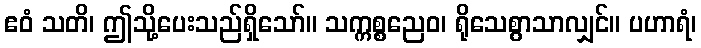
ဧဝံ သတိ၊ ဤသို့ပေးသည်ရှိသော်။ သက္ကစ္စညေဝ၊ ရိုသေစွာသာလျှင်။ ပဟာရံ၊